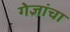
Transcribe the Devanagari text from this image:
गेजांचा